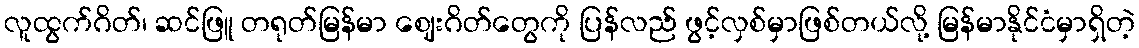
လူထွက်ဂိတ်၊ ဆင်ဖြူ တရုတ်မြန်မာ ဈေးဂိတ်တွေကို ပြန်လည် ဖွင့်လှစ်မှာဖြစ်တယ်လို့ မြန်မာနိုင်ငံမှာရှိတဲ့